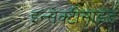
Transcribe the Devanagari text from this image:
इन्सेक्टीसाइड